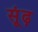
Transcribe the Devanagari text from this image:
सूंढ़